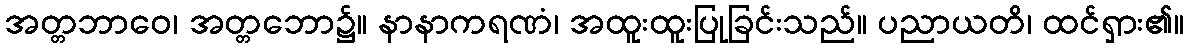
အတ္တဘာဝေ၊ အတ္တဘော၌။ နာနာကရဏံ၊ အထူးထူးပြုခြင်းသည်။ ပညာယတိ၊ ထင်ရှား၏။